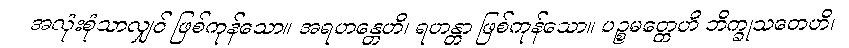
အလုံးစုံသာလျှင် ဖြစ်ကုန်သော။ အရဟန္တေဟိ၊ ရဟန္တာ ဖြစ်ကုန်သော။ ပဉ္စမတ္တေဟိ ဘိက္ခုသတေဟိ၊